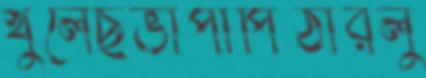
খুলেছভাপাপিঠারলু